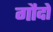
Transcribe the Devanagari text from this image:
गौदों